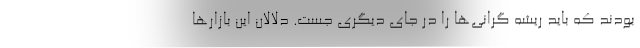
بودند که باید ریشه گرانی‌ها را در جای دیگری جست. دلالان این بازارها